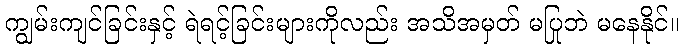
ကျွမ်းကျင်ခြင်းနှင့် ရဲရင့်ခြင်းများကိုလည်း အသိအမှတ် မပြုဘဲ မနေနိုင်။